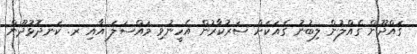
ގައްދޫން ގެއްލުން ލިބުނު ގެއަކަށް ސަރުކާރުން އެހީނުވި މައްސަލަ އާއި ރ. ކަނދޮޅުދޫން